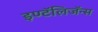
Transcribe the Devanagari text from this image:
इण्टॅलिजॅन्स